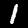
Digit: 1